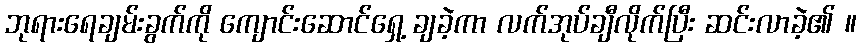
ဘုရားရေချမ်းခွက်ကို ကျောင်းဆောင်ရှေ့ ချခဲ့ကာ လက်အုပ်ချီလိုက်ပြီး ဆင်းလာခဲ့၏ ။